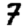
Digit: 7